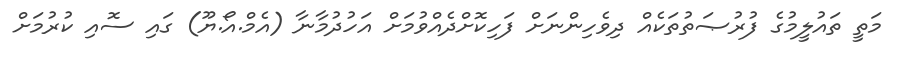
މަތީ ތައުލީމުގެ ފުރުޞަތުތަކެއް ދިވެހިންނަށް ފަހިކޮށްދެއްވުމަށް އަހުދުމާނާ (އެމް.އޯ.ޔޫ) ގައި ސޮއި ކުރުމަށް